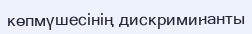
көпмүшесінің дискриминанты